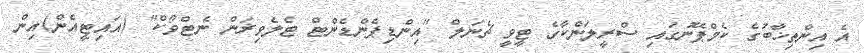
އެ އިންތިޚާބުގެ ކެމްޕޭނުގައި ސްރީލަންކާގެ ޓީވީ ޗެނަލް "އިންޑިޕެންޑެންޓް ޓެލެވިޜަން ނެޓްވޯކް" (އައިޓީއެން)އިން